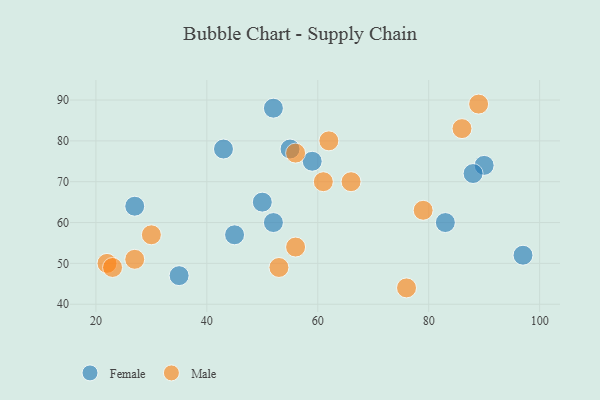
{"axis": {"x": "GDP", "y": "Life Expectancy"}, "legend": ["Female", "Male"], "data": [{"x": "43", "y": 78, "type": "Female"}, {"x": "55", "y": 78, "type": "Female"}, {"x": "59", "y": 75, "type": "Female"}, {"x": "90", "y": 74, "type": "Female"}, {"x": "35", "y": 47, "type": "Female"}, {"x": "45", "y": 57, "type": "Female"}, {"x": "83", "y": 60, "type": "Female"}, {"x": "50", "y": 65, "type": "Female"}, {"x": "52", "y": 60, "type": "Female"}, {"x": "97", "y": 52, "type": "Female"}, {"x": "27", "y": 64, "type": "Female"}, {"x": "52", "y": 88, "type": "Female"}, {"x": "88", "y": 72, "type": "Female"}, {"x": "27", "y": 51, "type": "Male"}, {"x": "56", "y": 77, "type": "Male"}, {"x": "30", "y": 57, "type": "Male"}, {"x": "22", "y": 50, "type": "Male"}, {"x": "76", "y": 44, "type": "Male"}, {"x": "23", "y": 49, "type": "Male"}, {"x": "53", "y": 49, "type": "Male"}, {"x": "79", "y": 63, "type": "Male"}, {"x": "86", "y": 83, "type": "Male"}, {"x": "61", "y": 70, "type": "Male"}, {"x": "66", "y": 70, "type": "Male"}, {"x": "89", "y": 89, "type": "Male"}, {"x": "62", "y": 80, "type": "Male"}, {"x": "56", "y": 54, "type": "Male"}]}